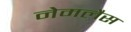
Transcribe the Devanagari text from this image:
नेमलैस